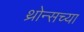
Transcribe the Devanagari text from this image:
थ्रोन्सच्या